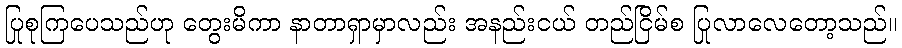
ပြုစုကြပေသည်ဟု တွေးမိကာ နာတာရှာမှာလည်း အနည်းငယ် တည်ငြိမ်စ ပြုလာလေတော့သည်။